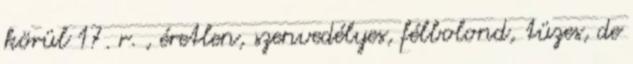
körül 17. r. , éretlen, szenvedélyes, félbolond, tüzes, de